Document type: Sale
Year: 1461
Scribe: [Unknown]
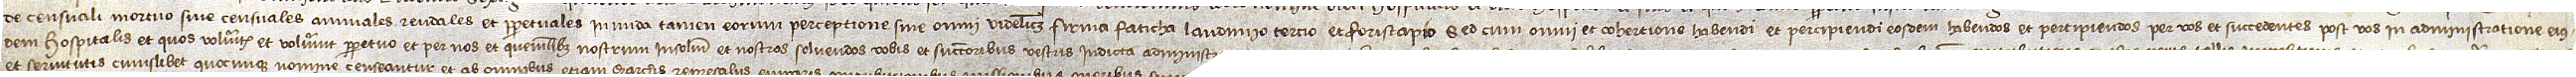
de censuali mortuo sive censuales, annuales, rendales et perpetuales, in nuda tamen eorum perceptione, sine omni videlicet firma, faticha, laudimio, tertio et foriscapio, sed cum omni et cohertione habendi et percipiendi, eosdem habendos et percipiendos per vos et successores post vos in administratione eius-